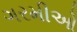
ગરમીઓ